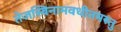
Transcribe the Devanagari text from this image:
तेजस्विनामवधीतमस्तु